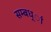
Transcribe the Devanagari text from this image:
सम्बध्ां